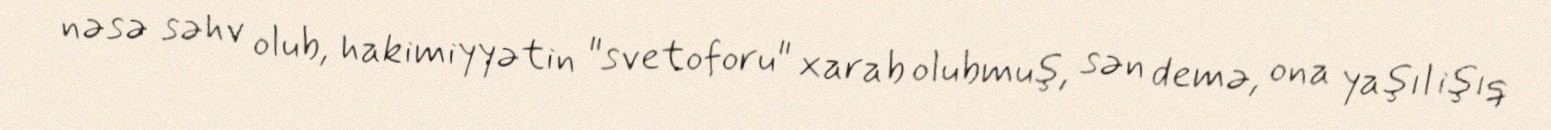
nəsə səhv olub, hakimiyyətin "svetoforu" xarab olubmuş, sən demə, ona yaşıl işıq